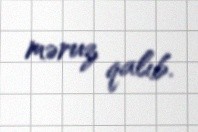
məruz qalıb.